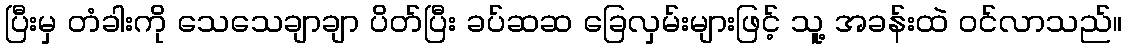
ပြီးမှ တံခါးကို သေသေချာချာ ပိတ်ပြီး ခပ်ဆဆ ခြေလှမ်းများဖြင့် သူ့ အခန်းထဲ ဝင်လာသည်။